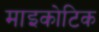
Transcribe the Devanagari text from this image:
माइकोटिक